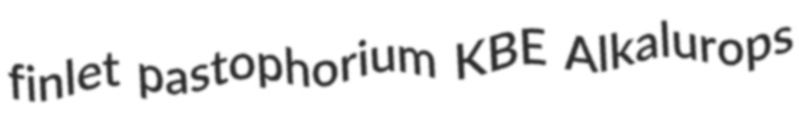
finlet pastophorium KBE Alkalurops